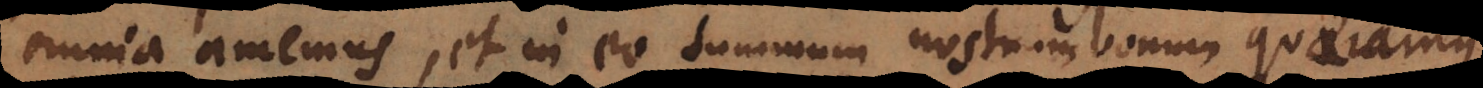
omnia amemus, et in eo summum nostrum bonum quaeramus